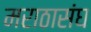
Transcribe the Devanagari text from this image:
मराठासंघ